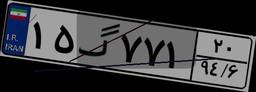
۱۵گ۷۷۱۲۰